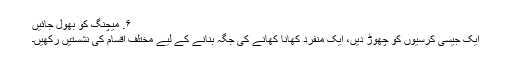
۶. میچنگ کو بھول جائیں
ایک جیسی کرسیوں کو چھوڑ دیں، ایک منفرد كھانا کھانے کی جگہ بنانے کے لیے مختلف اقسام کی نشستیں رکھیں۔